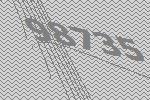
98735